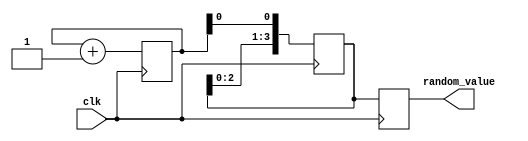
module RandomSimulator(
  input wire clk,
  output wire [3:0] random_value
);
  reg [2:0] count;
  reg [3:0] shift_register;

  always @(posedge clk) begin
    // Pode ajustar o valor 2 para obter uma sequência de bits diferente
    count <= count + 1;
    
    // Desloca o registrador para a esquerda
    shift_register <= {shift_register[2:0], count[0]};
    
    // Atribui o valor atual do registrador como saída
    random_value <= shift_register;
  end

endmodule